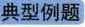
典型例题